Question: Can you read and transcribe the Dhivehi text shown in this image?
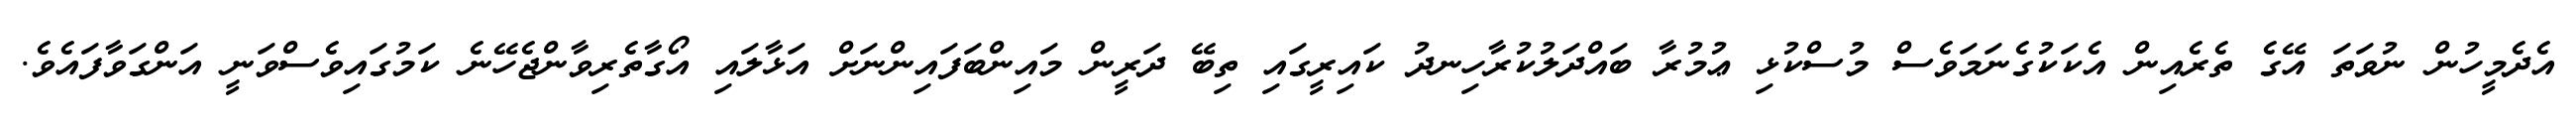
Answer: އެދެމީހުން ނުވަތަ އޭގެ ތެރެއިން އެކަކުގެނަމަވެސް މުސްކުޅި ޢުމުރާ ބައްދަލުކުރާހިނދު ކައިރީގައި ތިބޭ ދަރީން މައިންބަފައިންނަށް އަޅާލައި އޯގާތެރިވާންޖެހޭނެ ކަމުގައިވެސްވަނީ އަންގަވާފައެވެ.